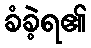
ခံခဲ့ရ၏